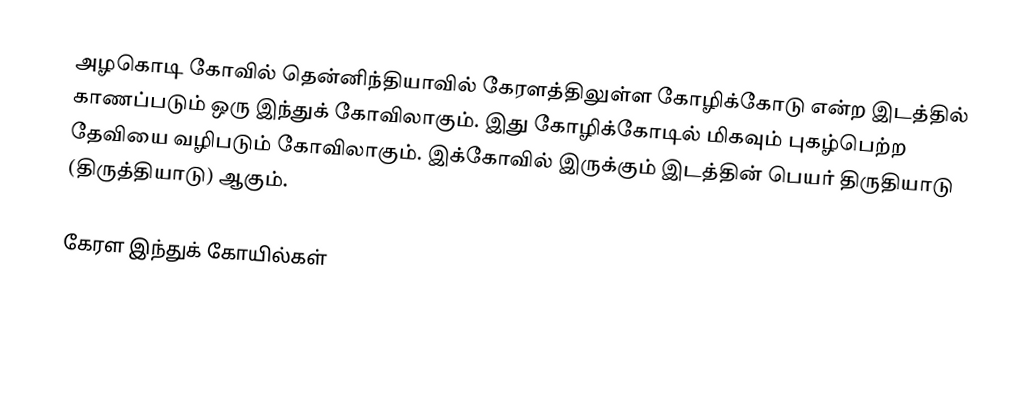
அழகொடி கோவில் தென்னிந்தியாவில் கேரளத்திலுள்ள கோழிக்கோடு என்ற இடத்தில் காணப்படும் ஒரு இந்துக் கோவிலாகும். இது கோழிக்கோடில் மிகவும் புகழ்பெற்ற தேவியை வழிபடும் கோவிலாகும். இக்கோவில் இருக்கும் இடத்தின் பெயர் திருதியாடு (திருத்தியாடு) ஆகும்.

கேரள இந்துக் கோயில்கள்